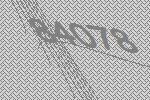
84078